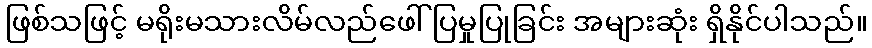
ဖြစ်သဖြင့် မရိုးမသားလိမ်လည်ဖေါ်ပြမှုပြုခြင်း အများဆုံး ရှိနိုင်ပါသည်။